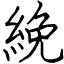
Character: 絻